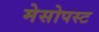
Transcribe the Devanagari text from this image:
मेसोपस्ट